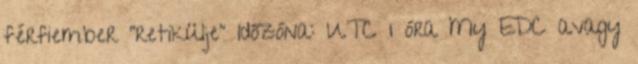
férfiember "retikülje" Időzóna: UTC 1 óra My EDC avagy